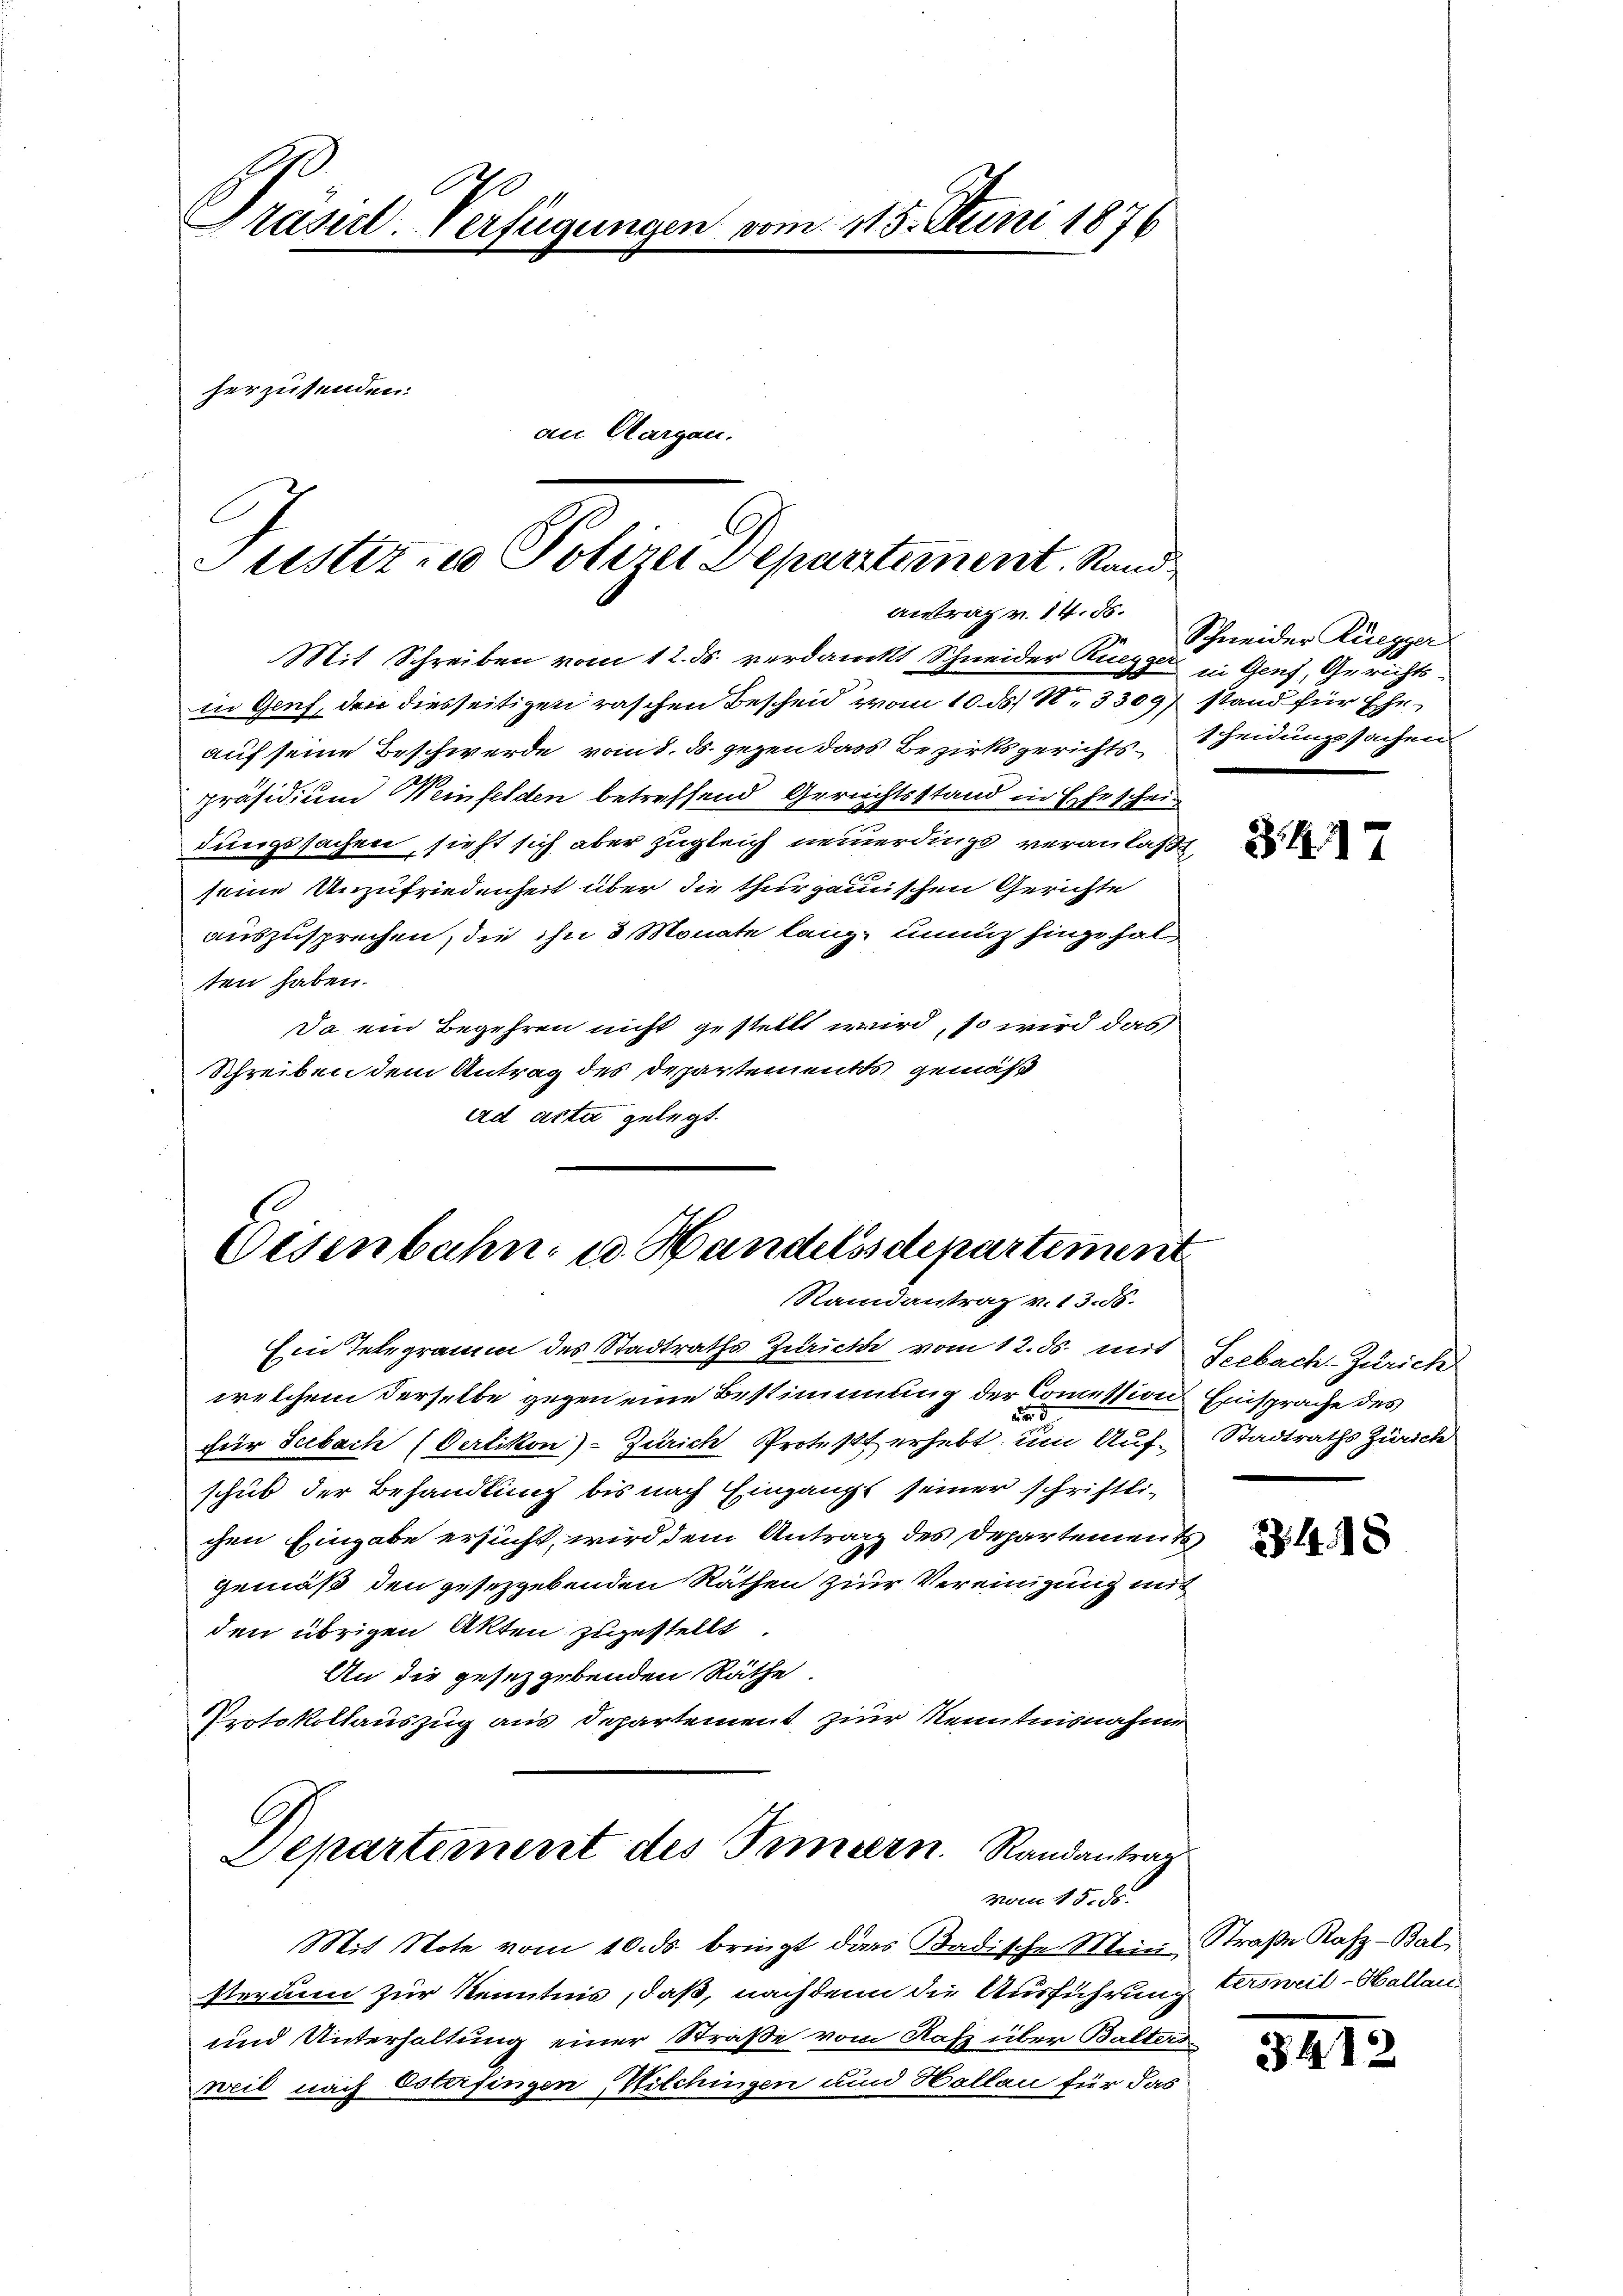
C
Prasil-Verfügungen vom 115. Juni 1876
herzusenden.
an Clargau.

Justiz- u Polizei Departement. Rand.
antrag v. 14. ds.

Mit Schreiben vom 12. ds. verdanckt Schneider Ruegger in Genf, Gerichtsin Genf, den diesseitigen raschen Bescheid von 10. ds. N. 3309 stand für Eheauf seine Beschwerde vom 8. ds. gegen dass Bezirksgerichts-Scheidungssachen
präsidium Weinfelden betreffend Gerichtsstand in Ehescheidungssachen, sieht sich aber zugleich neuerdings veranlaßt
seine Unzufriedenheit über die thurgauischen Gerichte
auszusprechen, die ihn 3 Monate lange unnütz hinzuhalten haben.
Da ein Begehren nicht gestellt wird, so wird das
Schreiben dem Antrag des Departements gemäß
ad acta gelegt.

Oesenbahn u. Handelssdepartement
Randantrag v. 13. 58.

Ein Telegramm des Stadtraths Zürich vom 12. ds. mit Seebach-Zürich
welchem derselbe gegen eine Bestimmung der Commission Einsprache des
a
für Seebach (Oerlikon)- Zürich Protest erhebt, um Auf Stadtraths Zürich
schub der Behandlung bis nach Eingangs seiner schriftlichen Eingabe ersucht, wird dem Antrag des Departements
gemäß den gesezgebenden Räthen zur Vereinigung mit
den übrigen Akten zuzustellt
An die gesetzgebenden Räthe.
Protokollauszug aus Departement, zur Kenntnisnahme
Separternent des Innern Randantrag
vom 15. d.
Mit Note vom 10. ds bringt dass Badische Mein Straße Rafz-Bal
sterium zur Kenntnis, daß, nachdem die Ausführung tersweil-Hallan¬
und Unterhaltung einer Straße vom Rafz über Balters
weil nach Osterfingen, Wilchingen und Hallen für das

Schweider Ruegger

3417

.14 18

3412